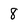
Character: 8